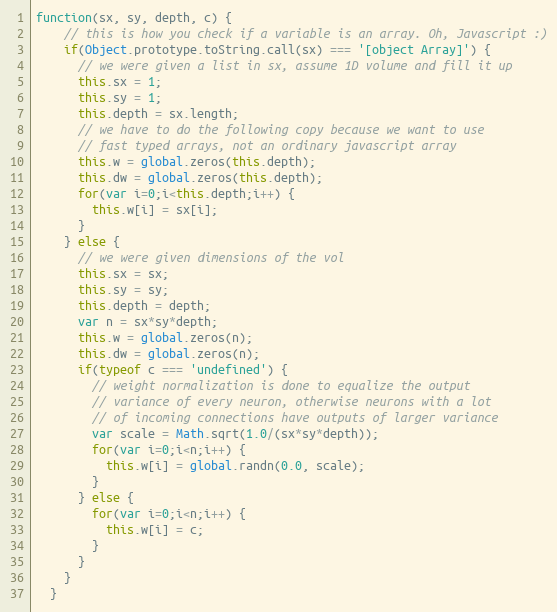
Language: JavaScript
function(sx, sy, depth, c) {
    // this is how you check if a variable is an array. Oh, Javascript :)
    if(Object.prototype.toString.call(sx) === '[object Array]') {
      // we were given a list in sx, assume 1D volume and fill it up
      this.sx = 1;
      this.sy = 1;
      this.depth = sx.length;
      // we have to do the following copy because we want to use
      // fast typed arrays, not an ordinary javascript array
      this.w = global.zeros(this.depth);
      this.dw = global.zeros(this.depth);
      for(var i=0;i<this.depth;i++) {
        this.w[i] = sx[i];
      }
    } else {
      // we were given dimensions of the vol
      this.sx = sx;
      this.sy = sy;
      this.depth = depth;
      var n = sx*sy*depth;
      this.w = global.zeros(n);
      this.dw = global.zeros(n);
      if(typeof c === 'undefined') {
        // weight normalization is done to equalize the output
        // variance of every neuron, otherwise neurons with a lot
        // of incoming connections have outputs of larger variance
        var scale = Math.sqrt(1.0/(sx*sy*depth));
        for(var i=0;i<n;i++) {
          this.w[i] = global.randn(0.0, scale);
        }
      } else {
        for(var i=0;i<n;i++) {
          this.w[i] = c;
        }
      }
    }
  }